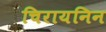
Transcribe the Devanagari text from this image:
चिरायनिन